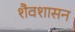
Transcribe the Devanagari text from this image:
शैवशासन